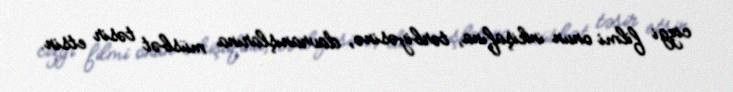
cizgi filmi onun inkişafına, tərbiyəsinə, davranışlarına müsbət təsir etsin.